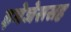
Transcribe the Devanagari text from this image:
इमेजेससह